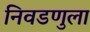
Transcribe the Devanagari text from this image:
निवडणुला